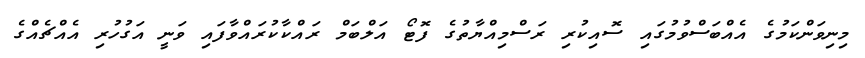
މިނިވަންކަމުގެ އެއްބަސްވުމުގައި ސޮއިކުރި ރަސްމިއްޔާތުގެ ފޮޓޯ އަލްބަމް ރައްކާކުރައްވާފައި ވަނީ އަގުހުރި އެއްޗެއްގެ